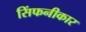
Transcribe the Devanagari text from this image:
सिंफनीकार